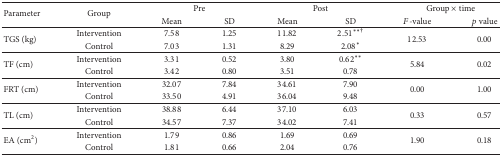
| <ROWSPAN=2> Parameter | <ROWSPAN=2> Group | <COLSPAN=2> Pre | <COLSPAN=2> Post | <COLSPAN=2> Group × time |
 | Mean | SD | Mean | SD | F-value | p value |
 | --- | --- | --- | --- | --- | --- | --- | --- |
 | <ROWSPAN=2> TGS (kg) | Intervention | 7.58 | 1.25 | 11.82 | 2.51∗∗† | <ROWSPAN=2> 12.53 | <ROWSPAN=2> 0.00 |
 | Control | 7.03 | 1.31 | 8.29 | 2.08∗ |
 | <ROWSPAN=2> TF (cm) | Intervention | 3.31 | 0.52 | 3.80 | 0.62∗∗ | <ROWSPAN=2> 5.84 | <ROWSPAN=2> 0.02 |
 | Control | 3.42 | 0.80 | 3.51 | 0.78 |
 | <ROWSPAN=2> FRT (cm) | Intervention | 32.07 | 7.84 | 34.61 | 7.90 | <ROWSPAN=2> 0.00 | <ROWSPAN=2> 1.00 |
 | Control | 33.50 | 4.91 | 36.04 | 9.48 |
 | <ROWSPAN=2> TL (cm) | Intervention | 38.88 | 6.44 | 37.10 | 6.03 | <ROWSPAN=2> 0.33 | <ROWSPAN=2> 0.57 |
 | Control | 34.57 | 7.37 | 34.02 | 7.41 |
 | <ROWSPAN=2> EA (cm2) | Intervention | 1.79 | 0.86 | 1.69 | 0.69 | <ROWSPAN=2> 1.90 | <ROWSPAN=2> 0.18 |
 | Control | 1.81 | 0.66 | 2.04 | 0.76 |